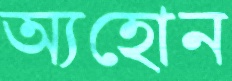
অ্যহোন